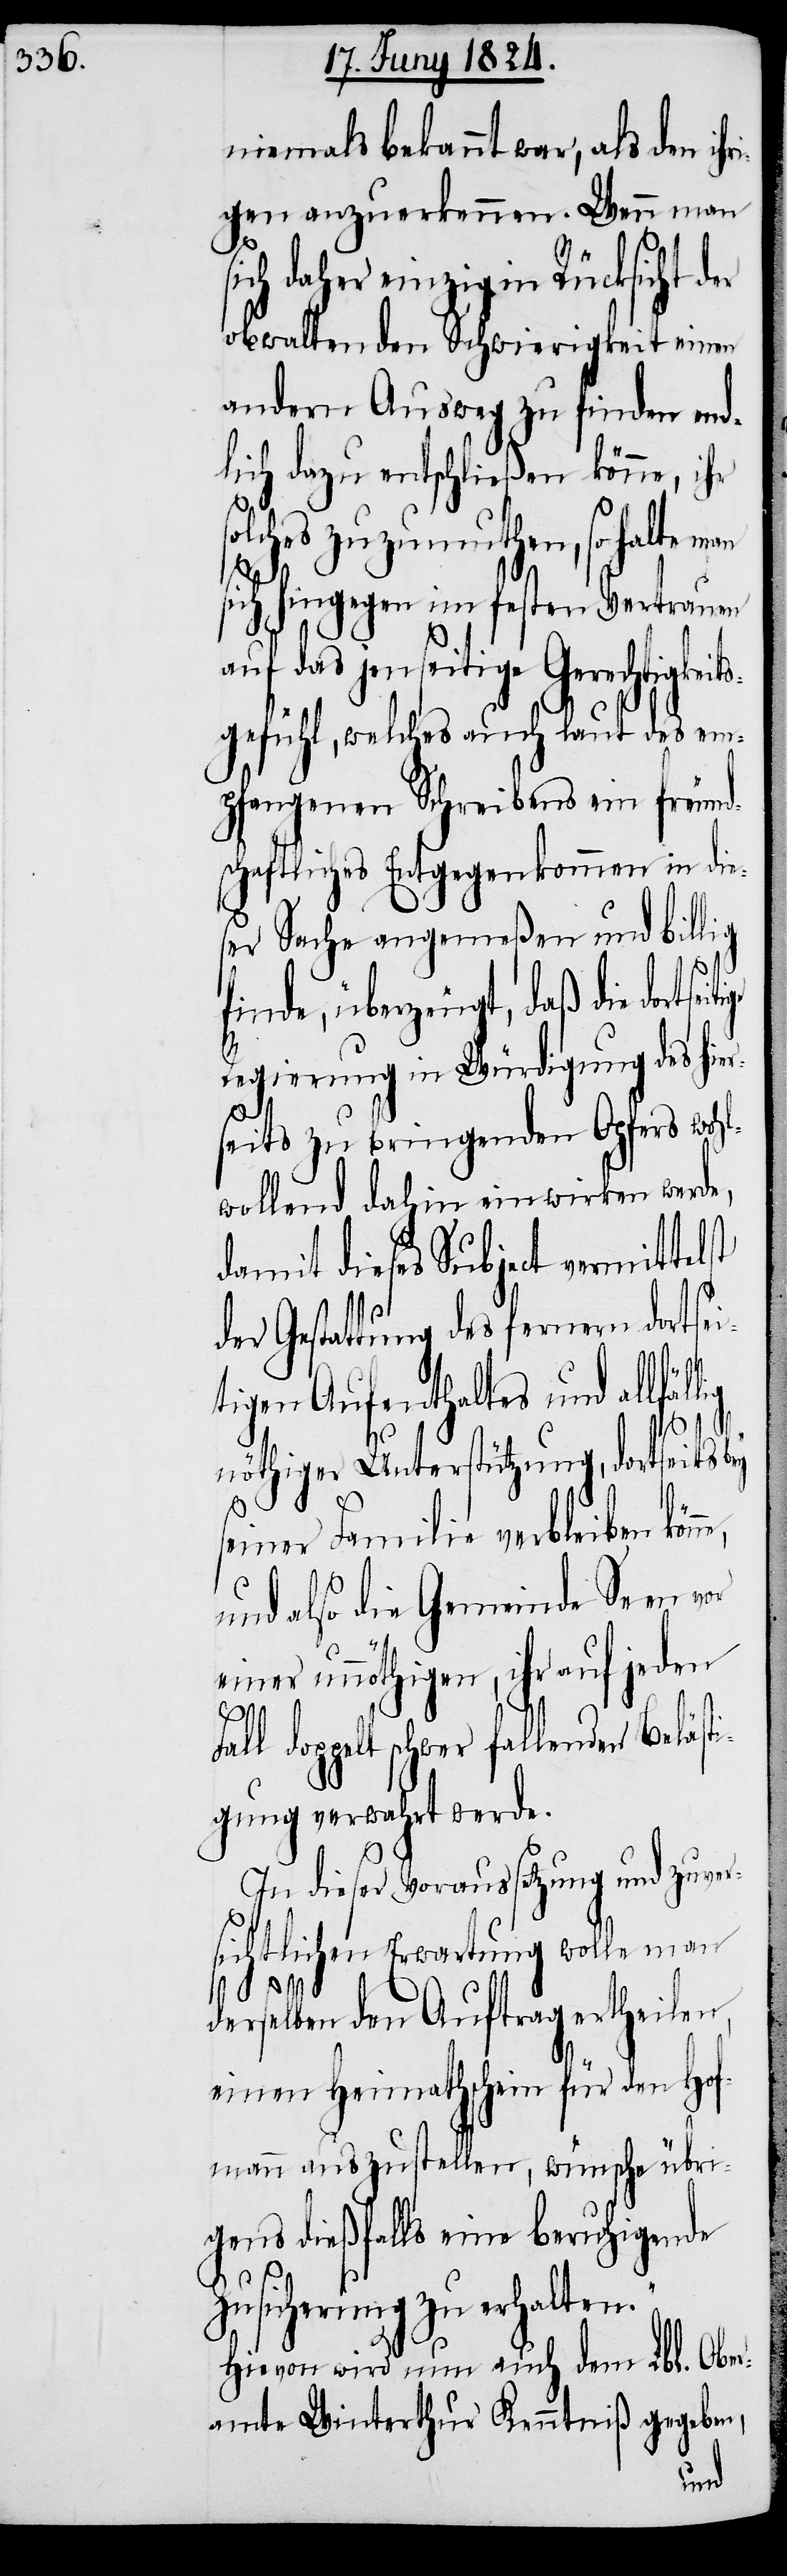
niemals bekannt war, als den ihr¬
igen anzuerkennen. Wenn man
ch daher einzig in Rücksicht d¬
obwaltenden Schwierigkeit einen
andern Ausweg zu finden end¬
lich dazu entschließen könne, ihr
solches zuzumuthen, so halte man
sich hingegen im festen Vertrauen
auf das jenseitige Gerechtigkeits¬
gefühl, welches auch laut des em¬
pfangenen Schreibens ein freund¬
schaftliches Entgegenkommen in die¬
ser Sache angemeßen und billig
finde, überzeugt, daß die dort¬
Regierung in Würdigung des hier¬
seits zu bringenden Opfers wohl¬
wollend dahin einwirken werde,
damit dieses Subject vermittel¬
der Gestattung des fernern dortsei¬
tigen Aufenthaltes und allfäl¬
st
nöthiger Unterstützung, dortseits bey
seiner Familie verbleiben
und also die Gemeinde Seen vor
einer unnöthigen, ihr auf jeden
Fal¬
l doppelt schwer fallender Beläst¬
igung verwahrt werde.
In dieser Voraussetzung und zuver¬
sichtlichen Erwartung wolle man
derselben den Auftrag ertheilen,
einen Heimathschein für den Hof¬
mann auszustellen, wünsche übri¬
gens dießfalls eine beruhigende
Zusicherung zu erhalten.“
Hievon wird nun auch dem Lbl. Ober¬
amte Winterthur Kenntniß gegeben,